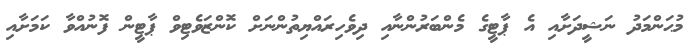
މުޙަންމަދު ނަޝީދަށާއި އެ ޕާޓީގެ މެންބަރުންނާއި ދިވެހިރައްޔިތުންނަށް ކޮންޒަވެޓިވް ޕާޓީން ފޮނުއްވާ ކަމަށާއި